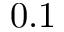
0 . 1